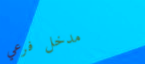
مدخل فرعي